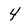
Character: 4